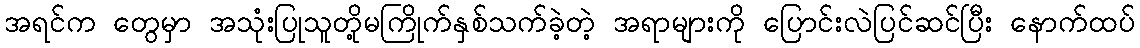
အရင်က တွေမှာ အသုံးပြုသူတို့မကြိုက်နှစ်သက်ခဲ့တဲ့ အရာများကို ပြောင်းလဲပြင်ဆင်ပြီး နောက်ထပ်